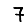
Digit: 7